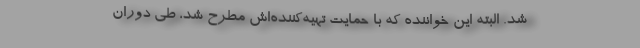
شد. البته این خواننده که با حمایت تهیه‌کننده‌اش مطرح شد، طی دوران